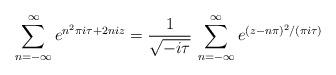
LaTeX: \begin{align*}\sum_{n=-\infty}^{\infty} e^{n^2\pi i \tau +2niz} = \frac{1}{\sqrt{-i\tau}} \,\sum_{n=-\infty}^{\infty}e^{(z-n\pi)^2/( \pi i \tau)}\end{align*}